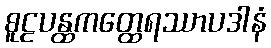
စူဠပန္ထကတ္ထေရဿာပဒါနံ